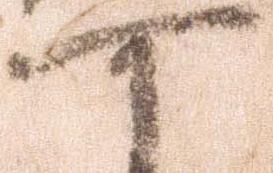
可